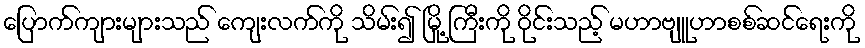
ပြောက်ကျားများသည် ကျေးလက်ကို သိမ်း၍ မြို့ ကြီးကို ဝိုင်းသည့် မဟာဗျူဟာစစ်ဆင်ရေးကို